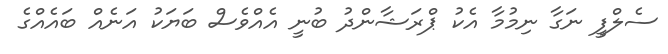
ސެލްފީ ނަގާ ނިމުމާ އެކު ޕްރަޝާންދު ބުނީ އެއްވެސް ބަޔަކު އަނެއް ބައެއްގެ